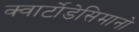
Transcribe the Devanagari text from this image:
क्वार्टोडेसिमानो